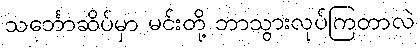
သင်္ဘောဆိပ်မှာ မင်းတို့ ဘာသွားလုပ်ကြတာလဲ